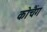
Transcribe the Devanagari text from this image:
कोचैंग